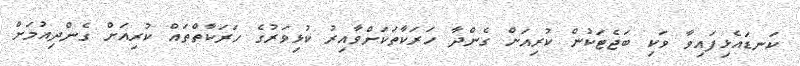
ކަނޑައެޅިފައިވާ ވަކި ބަޖެޓަކުން ކުރިއަށް ގެންދާ ހަރަކާތަކަށްވާއިރު ކުޅިވަރުގެ ހަރަކާތްތައް ކުރިއަށް ގެންދިއުމަށް